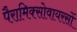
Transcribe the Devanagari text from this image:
पैरामिक्सोवायरसों